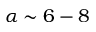
\alpha \sim 6 - 8